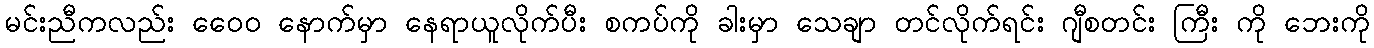
မင်းညီကလည်း ဝေေ၀ နောက်မှာ နေရာယူလိုက်ပီး စကပ်ကို ခါးမှာ သေချာ တင်လိုက်ရင်း ဂျီစတင်း ကြီး ကို ဘေးကို